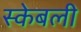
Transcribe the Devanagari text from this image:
स्केबली